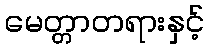
မေတ္တာတရားနှင့်